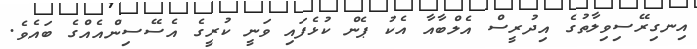
އިނގިރޭސިވިލާތުގެ އިދުރީސް އެލްބާއާ އެކު ޕެން ކުޅެފައި ވަނީ ކުރީގެ އެސޭސިންއެއްގެ ބައެވެ.